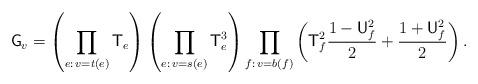
LaTeX: \begin{align*} \mathsf G_v=\left(\prod_{e:\,v=t(e)}\mathsf T_e \right)\left(\prod_{e:\,v=s(e)}\mathsf T_e^3 \right)\prod_{f:\, v=b(f)}\left(\mathsf T_f^2\frac{1-\mathsf U_f^2}{2}+\frac{1+\mathsf U_f^2}{2}\right).\end{align*}